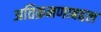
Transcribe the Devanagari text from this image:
अतिक्रमणाबद्दल